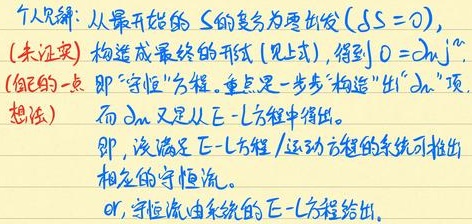
个人见解：从最开始的 \(S\) 的变分出发 \((\delta S = 0)\)，
(未证实) 构造成最终的形式 (见上式)，得到 \(0=\partial_{m}j^{m}\)。
(自己的一点
想法) 即 “守恒” 方程。重点是一步 “构造” 出 “\(\partial_{m}\)” 项。
而 \(\partial_{m}\) 又是从 \(E - L\) 方程中得出。
即，该满足 \(E - L\) 方程 / 运动方程的系统可推出
相应的守恒流。
or, 守恒流由系统的 \(E - L\) 方程给出。